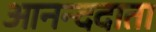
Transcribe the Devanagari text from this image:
आनन्ददाता